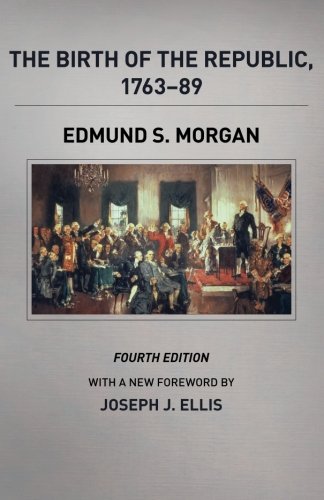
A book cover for The Birth of the Republic, 1763-89, Fourth Edition (The Chicago History of American Civilization); Edmund S. Morgan; History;